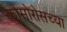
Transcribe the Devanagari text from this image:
कोमोरोसच्या